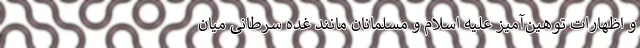
و اظهارات توهین‌آمیز علیه اسلام و مسلمانان مانند غده سرطانی میان